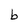
Character: b